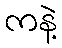
ကနဲ့